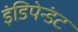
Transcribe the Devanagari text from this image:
इंडिपेन्डंट